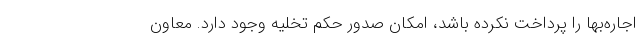
اجاره‌بها را پرداخت نکرده باشد، امکان صدور حکم تخلیه وجود دارد. معاون